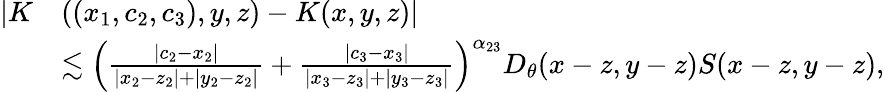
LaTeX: \begin{array}{rl}{|K}&{((x_{1},c_{2},c_{3}),y,z)-K(x,y,z)|}\\ &{\lesssim\Big(\frac{|c_{2}-x_{2}|}{|x_{2}-z_{2}|+|y_{2}-z_{2}|}+\frac{|c_{3}-x_{3}|}{|x_{3}-z_{3}|+|y_{3}-z_{3}|}\Big)^{\alpha_{23}}D_{\theta}(x-z,y-z)S(x-z,y-z),}\end{array}